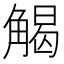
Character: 𮗳